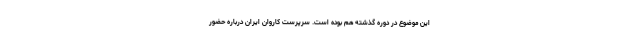
این موضوع در دوره گذشته هم بوده است. سرپرست کاروان ایران درباره حضور